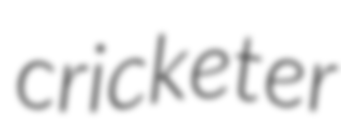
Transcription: cricketer